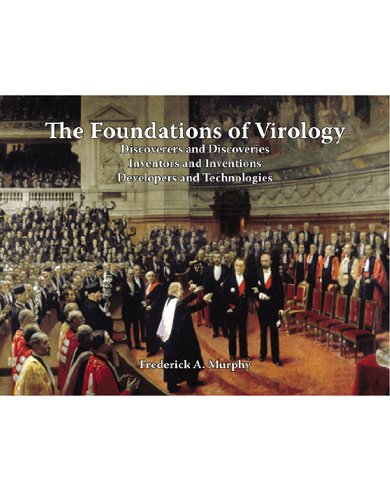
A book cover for The Foundations of Virology; Frederick A. Murphy; Medical Books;